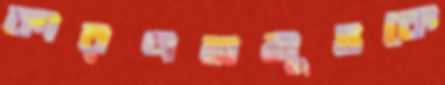
কারণসমূহকে